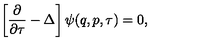
\left[ \frac { \partial } { \partial \tau } - \Delta \right] \psi ( q , p , \tau ) = 0 ,